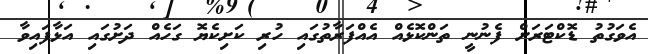
އެވަގުތު ޑޮކްޓަރަށް ފެނުނީ ތަންކޮޅެއް އެއްފަރާތުގައި ހުރި ކަށިކެޔޮ ގަހެއް ދަށުގައި އަޅާފައިވާ